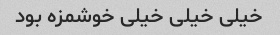
خیلی خیلی خیلی خوشمزه بود